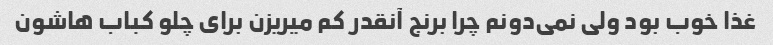
غذا خوب بود ولی نمی‌دونم چرا برنج آنقدر کم میریزن برای چلو کباب هاشون